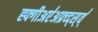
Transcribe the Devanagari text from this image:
ह्फ्गीअए॑अफ्र्व्द्स्व्॑